Vaccination North-Western Provinces and Oudh 1896-1901 - 1896-1901
Year: 1896
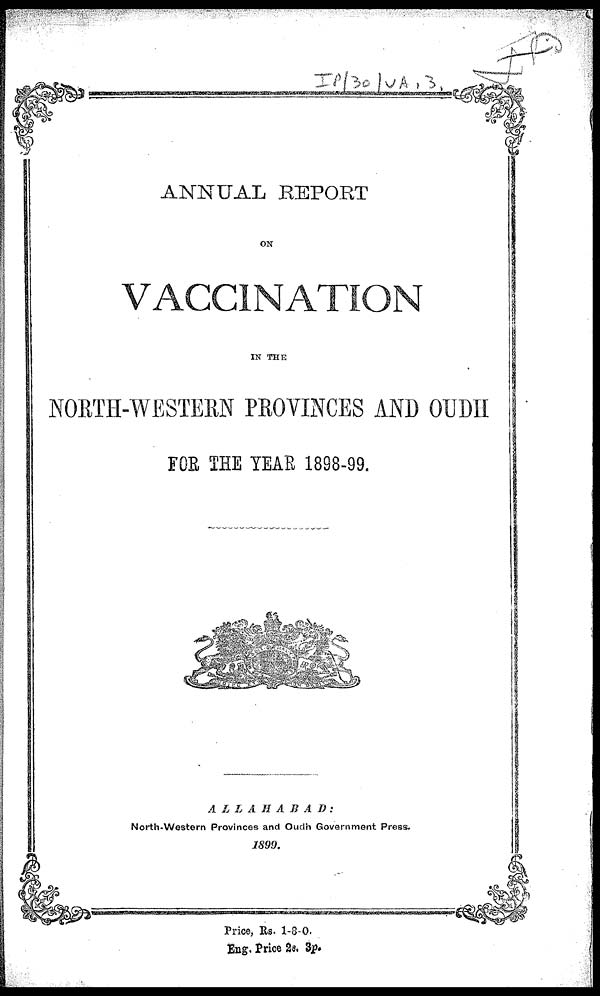
ANNUAL REPORT
ON
VACCINATION
IN THE
NORTH-WESTERN PROVINCES AND OUDH
FOR THE YEAR 1898-99.
ALLAHABAD:
North-Western Provinces and Oudh Government Press.
1899.
Price, Rs. 1-8-0.
Eng. Price 2s. 3p.